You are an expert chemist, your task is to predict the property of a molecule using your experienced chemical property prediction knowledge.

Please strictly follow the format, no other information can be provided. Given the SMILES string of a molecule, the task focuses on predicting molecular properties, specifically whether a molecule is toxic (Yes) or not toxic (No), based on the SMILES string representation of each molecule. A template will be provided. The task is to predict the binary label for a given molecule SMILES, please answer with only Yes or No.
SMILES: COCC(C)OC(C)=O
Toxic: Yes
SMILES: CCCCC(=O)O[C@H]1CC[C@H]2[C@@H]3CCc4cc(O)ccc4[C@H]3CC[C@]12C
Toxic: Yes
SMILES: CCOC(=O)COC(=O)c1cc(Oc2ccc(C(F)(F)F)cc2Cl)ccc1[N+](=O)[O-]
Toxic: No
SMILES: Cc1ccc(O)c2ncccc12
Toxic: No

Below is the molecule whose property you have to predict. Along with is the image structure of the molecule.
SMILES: COc1cc(O)cc(O)c1
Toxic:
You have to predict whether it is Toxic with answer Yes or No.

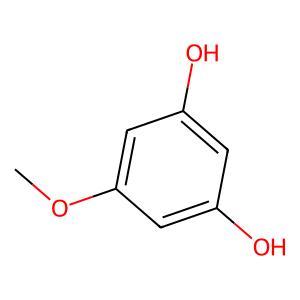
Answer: No